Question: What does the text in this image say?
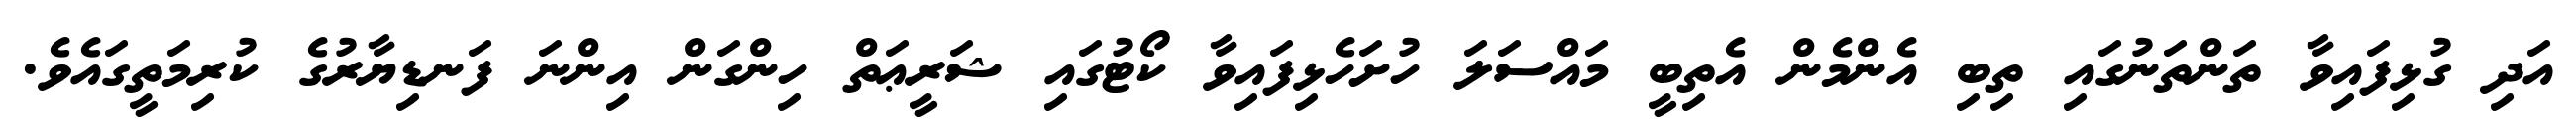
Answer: އަދި ގުޅިފައިވާ ތަންތަނުގައި ތިބި އެންމެން އެތިބީ މައްސަލަ ހުށަހެޅިފައިވާ ކޯޓުގައި ޝަރީޢަތް ހިންގަން އިންނަ ފަނޑިޔާރުގެ ކުރިމަތީގައެވެ.